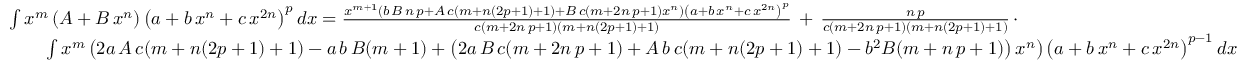
{ \begin{array} { r l } & { \int x ^ { m } \left( A + B \, x ^ { n } \right) \left( a + b \, x ^ { n } + c \, x ^ { 2 n } \right) ^ { p } d x = { \frac { x ^ { m + 1 } \left( b \, B \, n \, p + A \, c ( m + n ( 2 p + 1 ) + 1 ) + B \, c ( m + 2 n \, p + 1 ) x ^ { n } \right) \left( a + b \, x ^ { n } + c \, x ^ { 2 n } \right) ^ { p } } { c ( m + 2 n \, p + 1 ) ( m + n ( 2 p + 1 ) + 1 ) } } \, + \, { \frac { n \, p } { c ( m + 2 n \, p + 1 ) ( m + n ( 2 p + 1 ) + 1 ) } } \, \cdot } \\ & { \qquad \int x ^ { m } \left( 2 a \, A \, c ( m + n ( 2 p + 1 ) + 1 ) - a \, b \, B ( m + 1 ) + \left( 2 a \, B \, c ( m + 2 n \, p + 1 ) + A \, b \, c ( m + n ( 2 p + 1 ) + 1 ) - b ^ { 2 } B ( m + n \, p + 1 ) \right) x ^ { n } \right) \left( a + b \, x ^ { n } + c \, x ^ { 2 n } \right) ^ { p - 1 } d x } \end{array} }